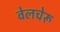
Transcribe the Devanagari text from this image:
वेलचेरू